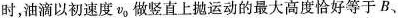
时，油滴以初速度v_{0}做竖直上抛运动的最大高度恰好等于B、